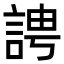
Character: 䛣